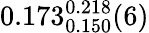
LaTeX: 0.173_{0.150}^{0.218}(6)